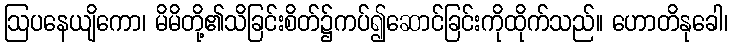
ဩပနေယျိကော၊ မိမိတို့၏သိခြင်းစိတ်၌ကပ်၍ဆောင်ခြင်းကိုထိုက်သည်။ ဟောတိနုခေါ၊